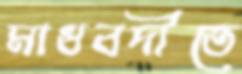
মাধবদীতে